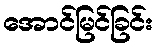
အောင်မြင်ခြင်း